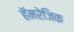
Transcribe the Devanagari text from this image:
हॅमरेजिक